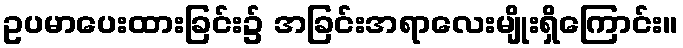
ဥပမာပေးထားခြင်း၌ အခြင်းအရာလေးမျိုးရှိကြောင်း။